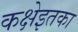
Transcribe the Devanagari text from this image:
कक्षेइतका